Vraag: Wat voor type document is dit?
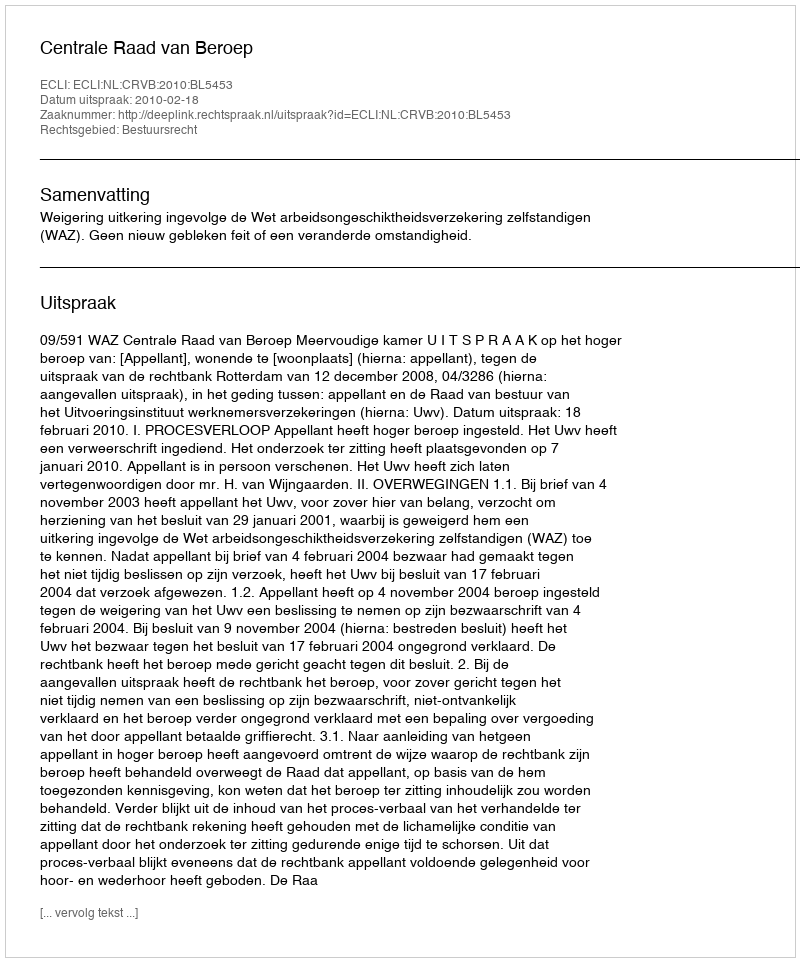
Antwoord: Uitspraak